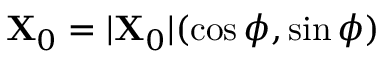
\mathbf { X } _ { 0 } = \vert \mathbf { X } _ { 0 } \vert ( \cos \phi , \sin \phi )